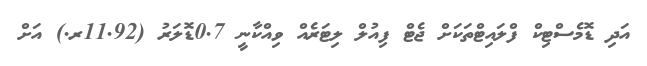
އަދި ޑޮމެސްޓިކް ފްލައިޓްތަކަށް ޖެޓް ފިއުލް ލިޓަރެއް ވިއްކާނީ 0.7ޑޮލަރު (11.92ރ.) އަށް